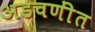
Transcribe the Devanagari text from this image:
अडचणींत